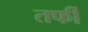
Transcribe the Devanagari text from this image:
तर्फी